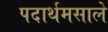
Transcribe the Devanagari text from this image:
पदार्थमसाले